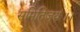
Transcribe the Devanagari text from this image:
समितिंजयः।।